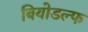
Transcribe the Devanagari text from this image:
बियोडल्फ